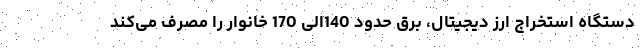
دستگاه استخراج ارز دیجیتال، برق حدود 140الی 170 خانوار را مصرف می‌کند